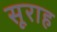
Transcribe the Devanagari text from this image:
सूराह